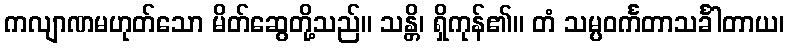
ကလျာဏမဟုတ်သော မိတ်ဆွေတို့သည်။ သန္တိ၊ ရှိကုန်၏။ တံ သမ္ပဝင်္ကတာသင်္ခါတာယ၊